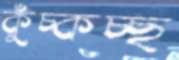
কুঁচ্‌কচ্ছ